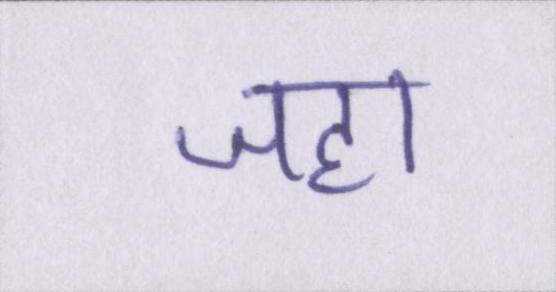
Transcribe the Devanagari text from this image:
जहा